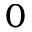
0